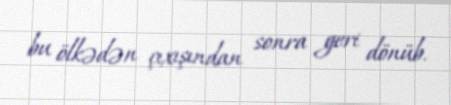
bu ölkədən çıxışından sonra geri dönüb.